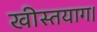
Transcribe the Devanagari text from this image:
खीस्तयाग।